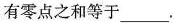
有零点之和等于___。